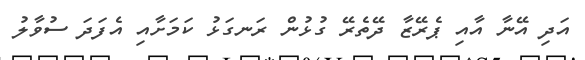
އަދި އޭނާ އާއި ޕެރޭޒާ ދޭތެރޭ ގުޅުން ރަނގަޅު ކަމަށާއި އެފަދަ ސުވާލު